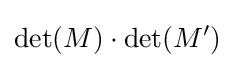
\det(M)\cdot \det(M')